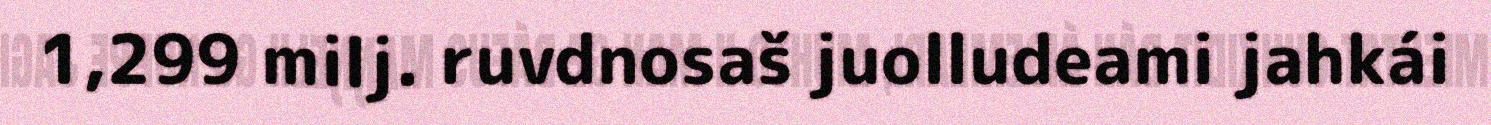
1,299 milj. ruvdnosaš juolludeami jahkái